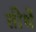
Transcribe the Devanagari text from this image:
तीर्थें